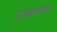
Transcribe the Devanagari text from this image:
यांच्यासकट